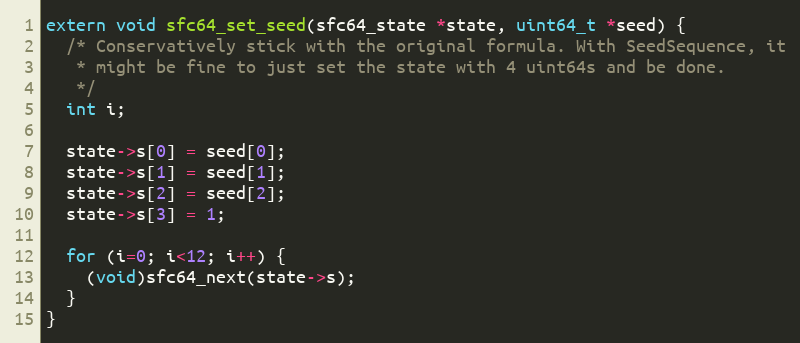
Language: C
extern void sfc64_set_seed(sfc64_state *state, uint64_t *seed) {
  /* Conservatively stick with the original formula. With SeedSequence, it
   * might be fine to just set the state with 4 uint64s and be done.
   */
  int i;

  state->s[0] = seed[0];
  state->s[1] = seed[1];
  state->s[2] = seed[2];
  state->s[3] = 1;

  for (i=0; i<12; i++) {
    (void)sfc64_next(state->s);
  }
}